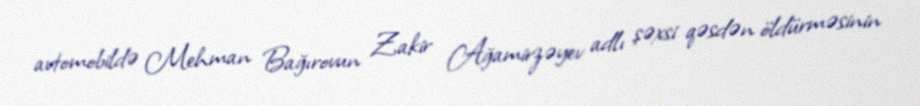
avtomobildə Mehman Bağırovun Zakir Ağamirzəyev adlı şəxsi qəsdən öldürməsinin